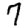
Digit: 7